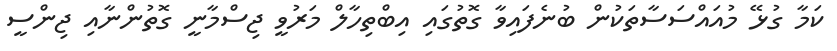
ކަމާ ގުޅޭ މުއައްސަސާތަކުން ބުނެފައިވާ ގޮތުގައި އިބްތިހާލް މަރުވީ ޖިސްމާނީ ގޮތުންނާއި ޖިންސީ